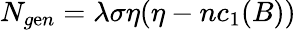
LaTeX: N_{g\mathrm{e}n}=\lambda\sigma\eta(\eta-nc_{1}(B))